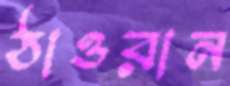
ঠাওরান